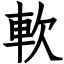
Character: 軟